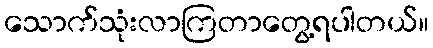
သောက်သုံးလာကြတာတွေ့ရပါတယ်။